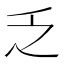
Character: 乏